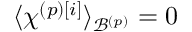
\langle \chi ^ { \left( p \right) \left[ i \right] } \rangle _ { \mathcal { B } ^ { \left( p \right) } } = 0